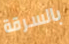
بالسرقة